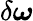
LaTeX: \delta\boldsymbol{\omega}